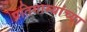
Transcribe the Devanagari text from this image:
प्रतिगाम्यांच्या